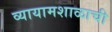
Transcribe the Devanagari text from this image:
व्यायामशाळाची